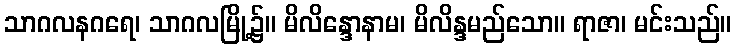
သာဂလနဂရေ၊ သာဂလမြို့၌။ မိလိန္ဒောနာမ၊ မိလိန္ဒမည်သော။ ရာဇာ၊ မင်းသည်။